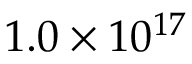
1 . 0 \times 1 0 ^ { 1 7 }